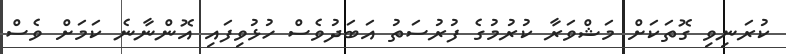
ކުރަނިވި ގޮތަކަށް މަޝްވަރާ ކުރުމުގެ ފުރުސަތު އަބަދުވެސް ހުޅުވިފައި އޮންނާނެ ކަމަށް ވެސް